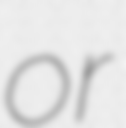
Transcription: or